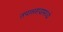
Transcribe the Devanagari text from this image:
तपासण्यामध्ये